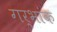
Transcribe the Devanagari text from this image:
गर्भांक